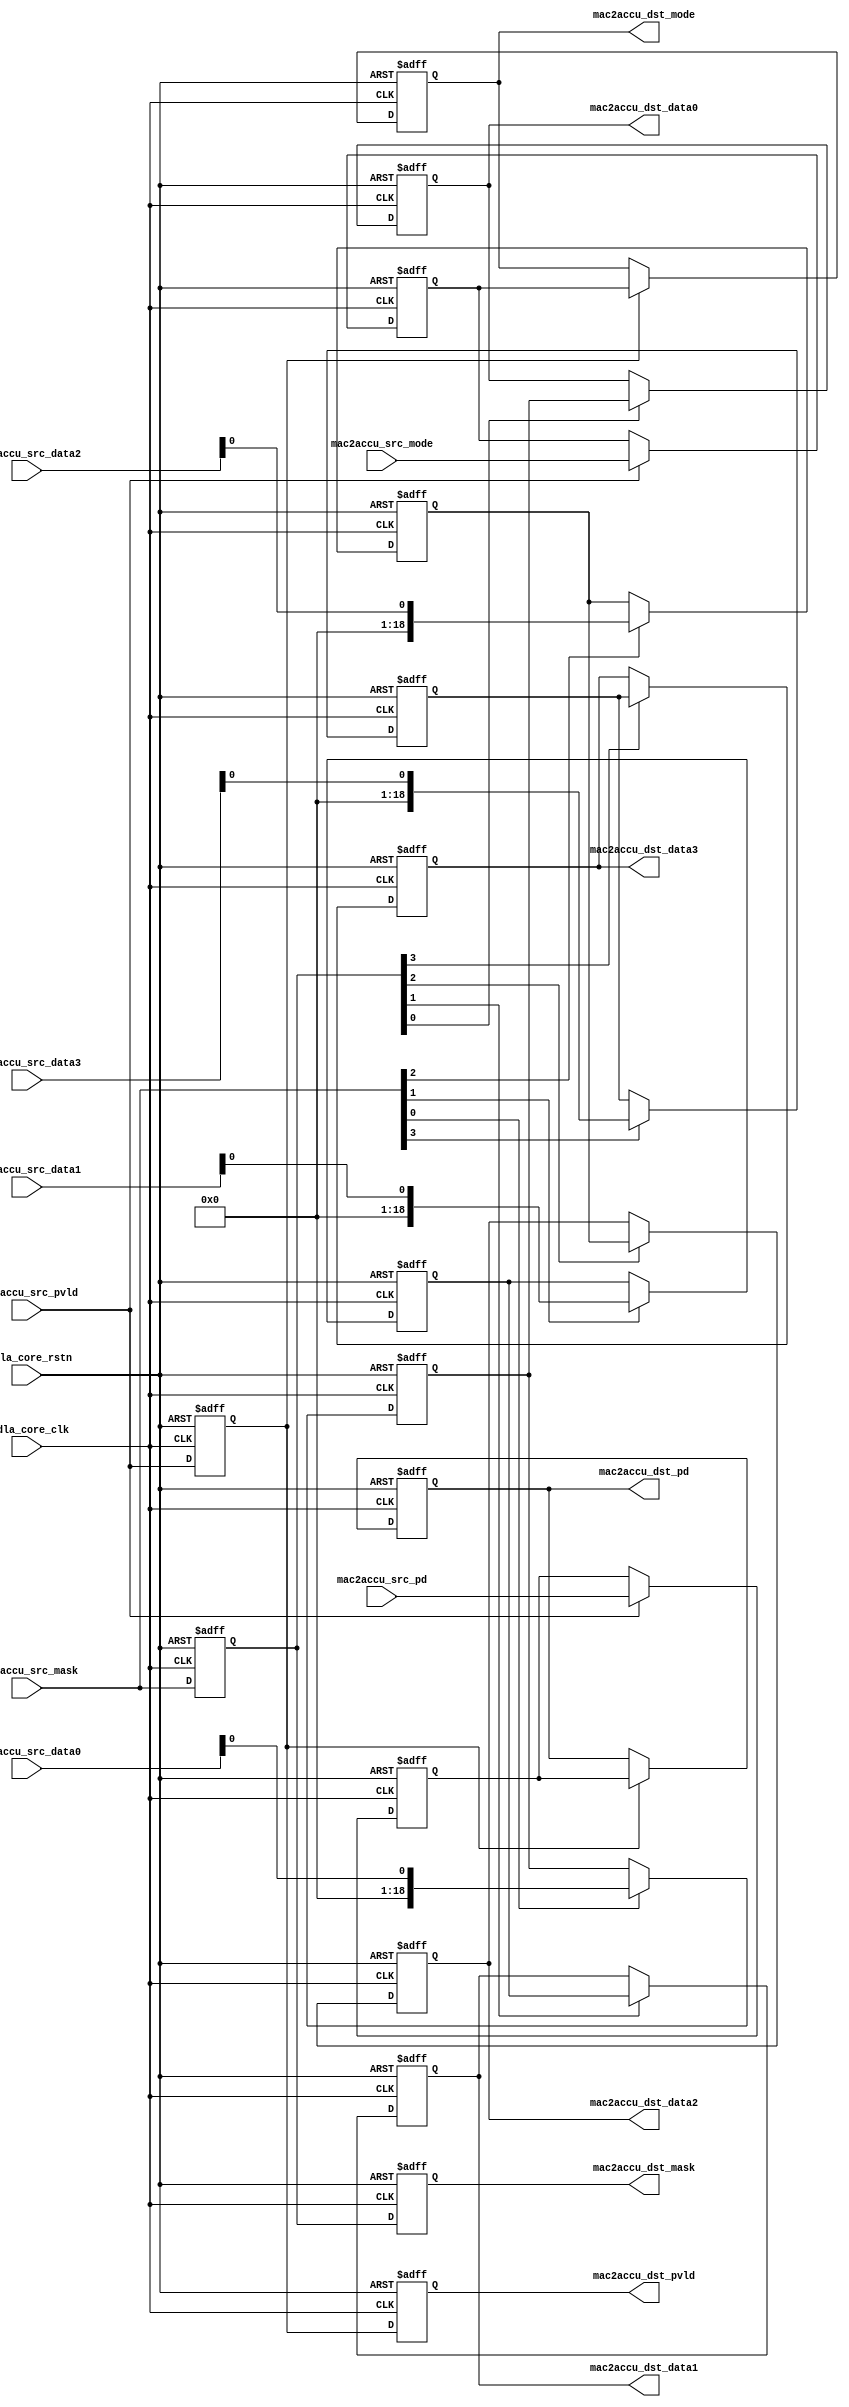
// ================================================================
// NVDLA Open Source Project
//
// Copyright(c) 2016 - 2017 NVIDIA Corporation. Licensed under the
// NVDLA Open Hardware License; Check "LICENSE" which comes with
// this distribution for more information.
// ================================================================
// ================================================================
// NVDLA Open Source Project
// 
// Copyright(c) 2016 - 2017 NVIDIA Corporation.  Licensed under the
// NVDLA Open Hardware License; Check "LICENSE" which comes with 
// this distribution for more information.
// ================================================================
`define DESIGNWARE_NOEXIST 1
module NV_NVDLA_RT_cmac_a2cacc (
   nvdla_core_clk
  ,nvdla_core_rstn
  ,mac2accu_src_pvld
  ,mac2accu_src_mask
  ,mac2accu_src_mode
//: for(my $i=0; $i<8/2; $i++){
//: print qq(
//: ,mac2accu_src_data${i} )
//: }
//| eperl: generated_beg (DO NOT EDIT BELOW)

,mac2accu_src_data0 
,mac2accu_src_data1 
,mac2accu_src_data2 
,mac2accu_src_data3 
//| eperl: generated_end (DO NOT EDIT ABOVE)
  ,mac2accu_src_pd
  ,mac2accu_dst_pvld
  ,mac2accu_dst_mask
  ,mac2accu_dst_mode
//: for(my $i=0; $i<8/2; $i++){
//: print qq(
//: ,mac2accu_dst_data${i} )
//: }
//| eperl: generated_beg (DO NOT EDIT BELOW)

,mac2accu_dst_data0 
,mac2accu_dst_data1 
,mac2accu_dst_data2 
,mac2accu_dst_data3 
//| eperl: generated_end (DO NOT EDIT ABOVE)
  ,mac2accu_dst_pd
  );
input nvdla_core_clk;
input nvdla_core_rstn;
input mac2accu_src_pvld; /* data valid */
input [8/2 -1:0] mac2accu_src_mask;
input mac2accu_src_mode;
//: for(my $i=0; $i<8/2; $i++){
//: print qq(
//: input [19 -1:0] mac2accu_src_data${i}; )
//: }
//| eperl: generated_beg (DO NOT EDIT BELOW)

input [19 -1:0] mac2accu_src_data0; 
input [19 -1:0] mac2accu_src_data1; 
input [19 -1:0] mac2accu_src_data2; 
input [19 -1:0] mac2accu_src_data3; 
//| eperl: generated_end (DO NOT EDIT ABOVE)
input [8:0] mac2accu_src_pd;
output mac2accu_dst_pvld; /* data valid */
output [8/2 -1:0] mac2accu_dst_mask;
output mac2accu_dst_mode;
//: for(my $i=0; $i<8/2; $i++){
//: print qq(
//: output [19 -1:0] mac2accu_dst_data${i}; )
//: }
//| eperl: generated_beg (DO NOT EDIT BELOW)

output [19 -1:0] mac2accu_dst_data0; 
output [19 -1:0] mac2accu_dst_data1; 
output [19 -1:0] mac2accu_dst_data2; 
output [19 -1:0] mac2accu_dst_data3; 
//| eperl: generated_end (DO NOT EDIT ABOVE)
output [8:0] mac2accu_dst_pd;
wire mac2accu_pvld_d0 = mac2accu_src_pvld;
wire [8:0] mac2accu_pd_d0 = mac2accu_src_pd;
wire [8/2 -1:0] mac2accu_mask_d0 = mac2accu_src_mask;
wire mac2accu_mode_d0 = mac2accu_src_mode;
//: my $delay = 2;
//: my $i;
//: my $j;
//: my $k;
//: my $kk=8/2;
//: my $jj=19;
//: for($k = 0; $k <8/2; $k ++) {
//: print "assign mac2accu_data${k}_d0 = mac2accu_src_data${k};\n";
//: }
//:
//: for($i = 0; $i < $delay; $i ++) {
//: $j = $i + 1;
//: &eperl::flop("-q mac2accu_pvld_d${j} -d mac2accu_pvld_d${i}");
//: &eperl::flop("-wid 9 -q mac2accu_pd_d${j} -en mac2accu_pvld_d${i} -d  mac2accu_pd_d${i}");
//: &eperl::flop("-q mac2accu_mode_d${j} -en mac2accu_pvld_d${i} -d  mac2accu_mode_d${i}");
//: &eperl::flop("-wid ${kk} -q mac2accu_mask_d${j} -d mac2accu_mask_d${i}");
//: for($k = 0; $k < 8/2; $k ++) {
//: &eperl::flop("-wid ${jj} -q mac2accu_data${k}_d${j} -en mac2accu_mask_d${i}[${k}] -d  mac2accu_data${k}_d${i}");
//: }
//: }
//:
//: $i = $delay;
//: print "assign mac2accu_dst_pvld = mac2accu_pvld_d${i};\n";
//: print "assign mac2accu_dst_pd = mac2accu_pd_d${i};\n";
//: print "assign mac2accu_dst_mask = mac2accu_mask_d${i};\n";
//: print "assign mac2accu_dst_mode = mac2accu_mode_d${i};\n";
//: for($k = 0; $k <8/2; $k ++) {
//: print "assign mac2accu_dst_data${k} = mac2accu_data${k}_d${i};\n";
//: }
//| eperl: generated_beg (DO NOT EDIT BELOW)
assign mac2accu_data0_d0 = mac2accu_src_data0;
assign mac2accu_data1_d0 = mac2accu_src_data1;
assign mac2accu_data2_d0 = mac2accu_src_data2;
assign mac2accu_data3_d0 = mac2accu_src_data3;
reg  mac2accu_pvld_d1;
always @(posedge nvdla_core_clk or negedge nvdla_core_rstn) begin
   if (!nvdla_core_rstn) begin
       mac2accu_pvld_d1 <= 'b0;
   end else begin
       mac2accu_pvld_d1 <= mac2accu_pvld_d0;
   end
end
reg [8:0] mac2accu_pd_d1;
always @(posedge nvdla_core_clk or negedge nvdla_core_rstn) begin
   if (!nvdla_core_rstn) begin
       mac2accu_pd_d1 <= 'b0;
   end else begin
       if ((mac2accu_pvld_d0) == 1'b1) begin
           mac2accu_pd_d1 <= mac2accu_pd_d0;
       // VCS coverage off
       end else if ((mac2accu_pvld_d0) == 1'b0) begin
       end else begin
           mac2accu_pd_d1 <= 'bx;
       // VCS coverage on
       end
   end
end
reg  mac2accu_mode_d1;
always @(posedge nvdla_core_clk or negedge nvdla_core_rstn) begin
   if (!nvdla_core_rstn) begin
       mac2accu_mode_d1 <= 'b0;
   end else begin
       if ((mac2accu_pvld_d0) == 1'b1) begin
           mac2accu_mode_d1 <= mac2accu_mode_d0;
       // VCS coverage off
       end else if ((mac2accu_pvld_d0) == 1'b0) begin
       end else begin
           mac2accu_mode_d1 <= 'bx;
       // VCS coverage on
       end
   end
end
reg [3:0] mac2accu_mask_d1;
always @(posedge nvdla_core_clk or negedge nvdla_core_rstn) begin
   if (!nvdla_core_rstn) begin
       mac2accu_mask_d1 <= 'b0;
   end else begin
       mac2accu_mask_d1 <= mac2accu_mask_d0;
   end
end
reg [18:0] mac2accu_data0_d1;
always @(posedge nvdla_core_clk or negedge nvdla_core_rstn) begin
   if (!nvdla_core_rstn) begin
       mac2accu_data0_d1 <= 'b0;
   end else begin
       if ((mac2accu_mask_d0[0]) == 1'b1) begin
           mac2accu_data0_d1 <= mac2accu_data0_d0;
       // VCS coverage off
       end else if ((mac2accu_mask_d0[0]) == 1'b0) begin
       end else begin
           mac2accu_data0_d1 <= 'bx;
       // VCS coverage on
       end
   end
end
reg [18:0] mac2accu_data1_d1;
always @(posedge nvdla_core_clk or negedge nvdla_core_rstn) begin
   if (!nvdla_core_rstn) begin
       mac2accu_data1_d1 <= 'b0;
   end else begin
       if ((mac2accu_mask_d0[1]) == 1'b1) begin
           mac2accu_data1_d1 <= mac2accu_data1_d0;
       // VCS coverage off
       end else if ((mac2accu_mask_d0[1]) == 1'b0) begin
       end else begin
           mac2accu_data1_d1 <= 'bx;
       // VCS coverage on
       end
   end
end
reg [18:0] mac2accu_data2_d1;
always @(posedge nvdla_core_clk or negedge nvdla_core_rstn) begin
   if (!nvdla_core_rstn) begin
       mac2accu_data2_d1 <= 'b0;
   end else begin
       if ((mac2accu_mask_d0[2]) == 1'b1) begin
           mac2accu_data2_d1 <= mac2accu_data2_d0;
       // VCS coverage off
       end else if ((mac2accu_mask_d0[2]) == 1'b0) begin
       end else begin
           mac2accu_data2_d1 <= 'bx;
       // VCS coverage on
       end
   end
end
reg [18:0] mac2accu_data3_d1;
always @(posedge nvdla_core_clk or negedge nvdla_core_rstn) begin
   if (!nvdla_core_rstn) begin
       mac2accu_data3_d1 <= 'b0;
   end else begin
       if ((mac2accu_mask_d0[3]) == 1'b1) begin
           mac2accu_data3_d1 <= mac2accu_data3_d0;
       // VCS coverage off
       end else if ((mac2accu_mask_d0[3]) == 1'b0) begin
       end else begin
           mac2accu_data3_d1 <= 'bx;
       // VCS coverage on
       end
   end
end
reg  mac2accu_pvld_d2;
always @(posedge nvdla_core_clk or negedge nvdla_core_rstn) begin
   if (!nvdla_core_rstn) begin
       mac2accu_pvld_d2 <= 'b0;
   end else begin
       mac2accu_pvld_d2 <= mac2accu_pvld_d1;
   end
end
reg [8:0] mac2accu_pd_d2;
always @(posedge nvdla_core_clk or negedge nvdla_core_rstn) begin
   if (!nvdla_core_rstn) begin
       mac2accu_pd_d2 <= 'b0;
   end else begin
       if ((mac2accu_pvld_d1) == 1'b1) begin
           mac2accu_pd_d2 <= mac2accu_pd_d1;
       // VCS coverage off
       end else if ((mac2accu_pvld_d1) == 1'b0) begin
       end else begin
           mac2accu_pd_d2 <= 'bx;
       // VCS coverage on
       end
   end
end
reg  mac2accu_mode_d2;
always @(posedge nvdla_core_clk or negedge nvdla_core_rstn) begin
   if (!nvdla_core_rstn) begin
       mac2accu_mode_d2 <= 'b0;
   end else begin
       if ((mac2accu_pvld_d1) == 1'b1) begin
           mac2accu_mode_d2 <= mac2accu_mode_d1;
       // VCS coverage off
       end else if ((mac2accu_pvld_d1) == 1'b0) begin
       end else begin
           mac2accu_mode_d2 <= 'bx;
       // VCS coverage on
       end
   end
end
reg [3:0] mac2accu_mask_d2;
always @(posedge nvdla_core_clk or negedge nvdla_core_rstn) begin
   if (!nvdla_core_rstn) begin
       mac2accu_mask_d2 <= 'b0;
   end else begin
       mac2accu_mask_d2 <= mac2accu_mask_d1;
   end
end
reg [18:0] mac2accu_data0_d2;
always @(posedge nvdla_core_clk or negedge nvdla_core_rstn) begin
   if (!nvdla_core_rstn) begin
       mac2accu_data0_d2 <= 'b0;
   end else begin
       if ((mac2accu_mask_d1[0]) == 1'b1) begin
           mac2accu_data0_d2 <= mac2accu_data0_d1;
       // VCS coverage off
       end else if ((mac2accu_mask_d1[0]) == 1'b0) begin
       end else begin
           mac2accu_data0_d2 <= 'bx;
       // VCS coverage on
       end
   end
end
reg [18:0] mac2accu_data1_d2;
always @(posedge nvdla_core_clk or negedge nvdla_core_rstn) begin
   if (!nvdla_core_rstn) begin
       mac2accu_data1_d2 <= 'b0;
   end else begin
       if ((mac2accu_mask_d1[1]) == 1'b1) begin
           mac2accu_data1_d2 <= mac2accu_data1_d1;
       // VCS coverage off
       end else if ((mac2accu_mask_d1[1]) == 1'b0) begin
       end else begin
           mac2accu_data1_d2 <= 'bx;
       // VCS coverage on
       end
   end
end
reg [18:0] mac2accu_data2_d2;
always @(posedge nvdla_core_clk or negedge nvdla_core_rstn) begin
   if (!nvdla_core_rstn) begin
       mac2accu_data2_d2 <= 'b0;
   end else begin
       if ((mac2accu_mask_d1[2]) == 1'b1) begin
           mac2accu_data2_d2 <= mac2accu_data2_d1;
       // VCS coverage off
       end else if ((mac2accu_mask_d1[2]) == 1'b0) begin
       end else begin
           mac2accu_data2_d2 <= 'bx;
       // VCS coverage on
       end
   end
end
reg [18:0] mac2accu_data3_d2;
always @(posedge nvdla_core_clk or negedge nvdla_core_rstn) begin
   if (!nvdla_core_rstn) begin
       mac2accu_data3_d2 <= 'b0;
   end else begin
       if ((mac2accu_mask_d1[3]) == 1'b1) begin
           mac2accu_data3_d2 <= mac2accu_data3_d1;
       // VCS coverage off
       end else if ((mac2accu_mask_d1[3]) == 1'b0) begin
       end else begin
           mac2accu_data3_d2 <= 'bx;
       // VCS coverage on
       end
   end
end
assign mac2accu_dst_pvld = mac2accu_pvld_d2;
assign mac2accu_dst_pd = mac2accu_pd_d2;
assign mac2accu_dst_mask = mac2accu_mask_d2;
assign mac2accu_dst_mode = mac2accu_mode_d2;
assign mac2accu_dst_data0 = mac2accu_data0_d2;
assign mac2accu_dst_data1 = mac2accu_data1_d2;
assign mac2accu_dst_data2 = mac2accu_data2_d2;
assign mac2accu_dst_data3 = mac2accu_data3_d2;

//| eperl: generated_end (DO NOT EDIT ABOVE)
endmodule